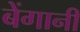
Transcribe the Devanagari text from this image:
बेंगानी